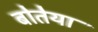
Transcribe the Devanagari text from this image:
बोतेया